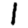
Digit: 1